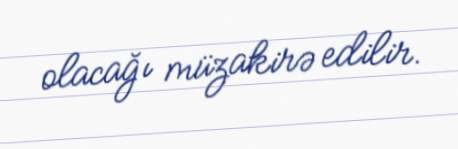
olacağı müzakirə edilir.